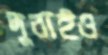
দুবাইও